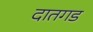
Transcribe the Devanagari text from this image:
दातगड